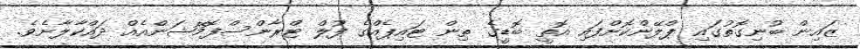
ޒައިން ބުނިގޮތުގައި ޕްލޭންކޮށްފައި އޮތީ ބޮޑީގެ ތިން ޓައިޕެއްގެ ފުލް ޓްރާންސްފޮމޭޝަންއެއް ދައްކާލާށެވެ.